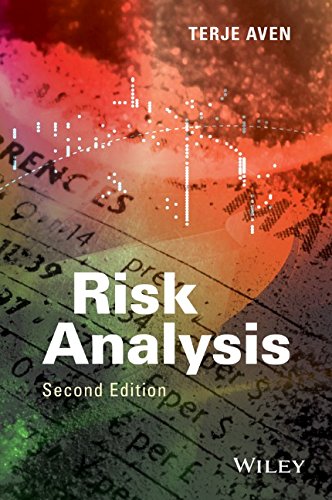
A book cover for Risk Analysis; Aven; Business & Money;